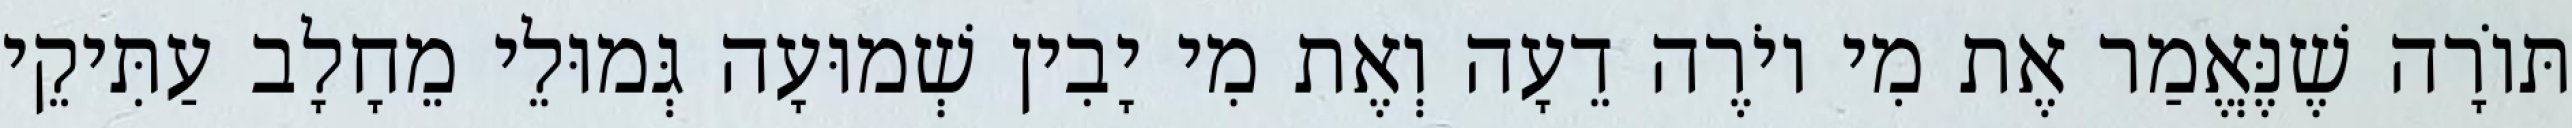
תּוֹרָה שֶׁנֶּאֱמַר אֶת מִי יוֹרֶה דֵעָה וְאֶת מִי יָבִין שְׁמוּעָה גְּמוּלֵי מֵחָלָב עַתִּיקֵי